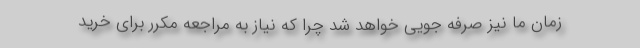
زمان ما نیز صرفه جویی خواهد شد چرا که نیاز به مراجعه مکرر برای خرید